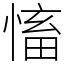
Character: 慉